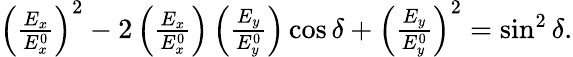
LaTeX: \begin{array}{r}{\left(\frac{E_{x}}{E_{x}^{0}}\right)^{2}-2\left(\frac{E_{x}}{E_{x}^{0}}\right)\left(\frac{E_{y}}{E_{y}^{0}}\right)\cos\delta+\left(\frac{E_{y}}{E_{y}^{0}}\right)^{2}=\sin^{2}\delta.}\end{array}